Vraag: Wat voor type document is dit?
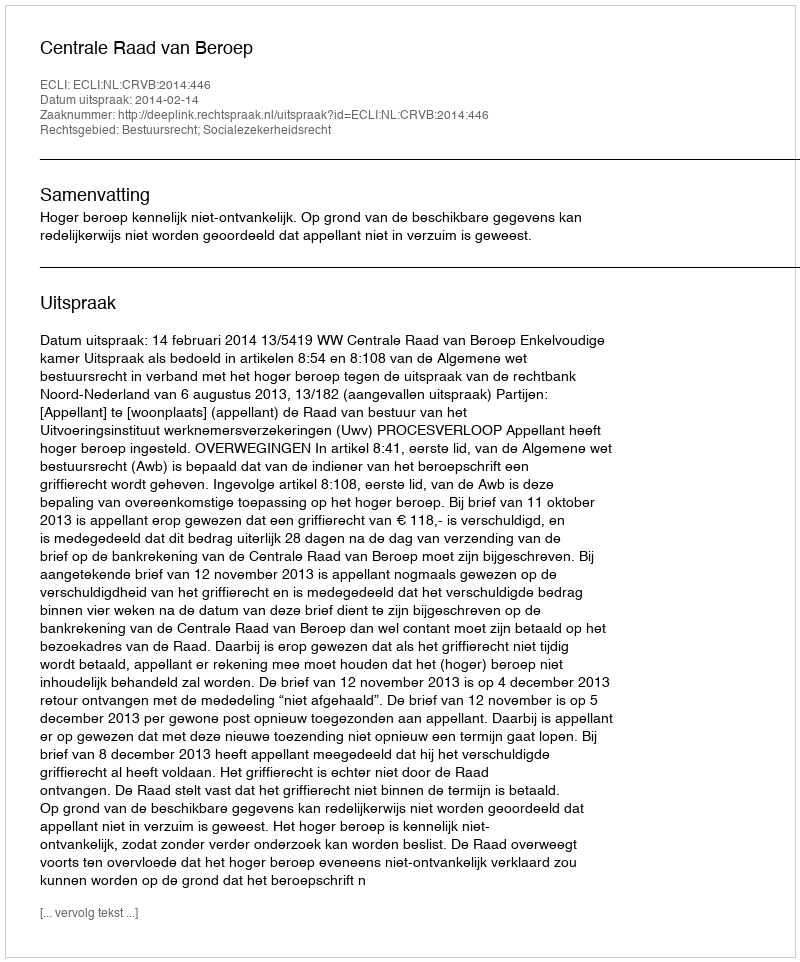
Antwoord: Uitspraak